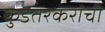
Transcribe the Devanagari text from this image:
कुडतरकरांची